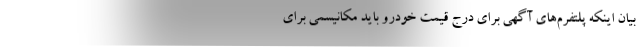
بیان اینکه پلتفرم‌های آگهی برای درج قیمت خودرو باید مکانیسمی برای